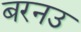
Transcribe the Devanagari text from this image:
बरनउ